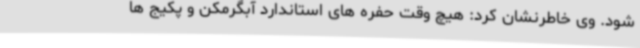
شود. وی خاطرنشان کرد: هیچ وقت حفره های استاندارد آبگرمکن و پکیج ها